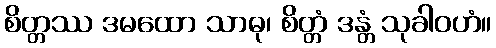
စိတ္တဿ ဒမထော သာဓု၊ စိတ္တံ ဒန္တံ သုခါဝဟံ။